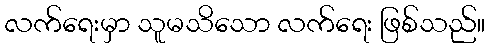
လက်ရေးမှာ သူမသိသော လက်ရေး ဖြစ်သည်။